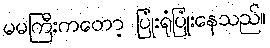
မမကြီးကတော့ ပြုံးရုံပြုံးနေသည်။